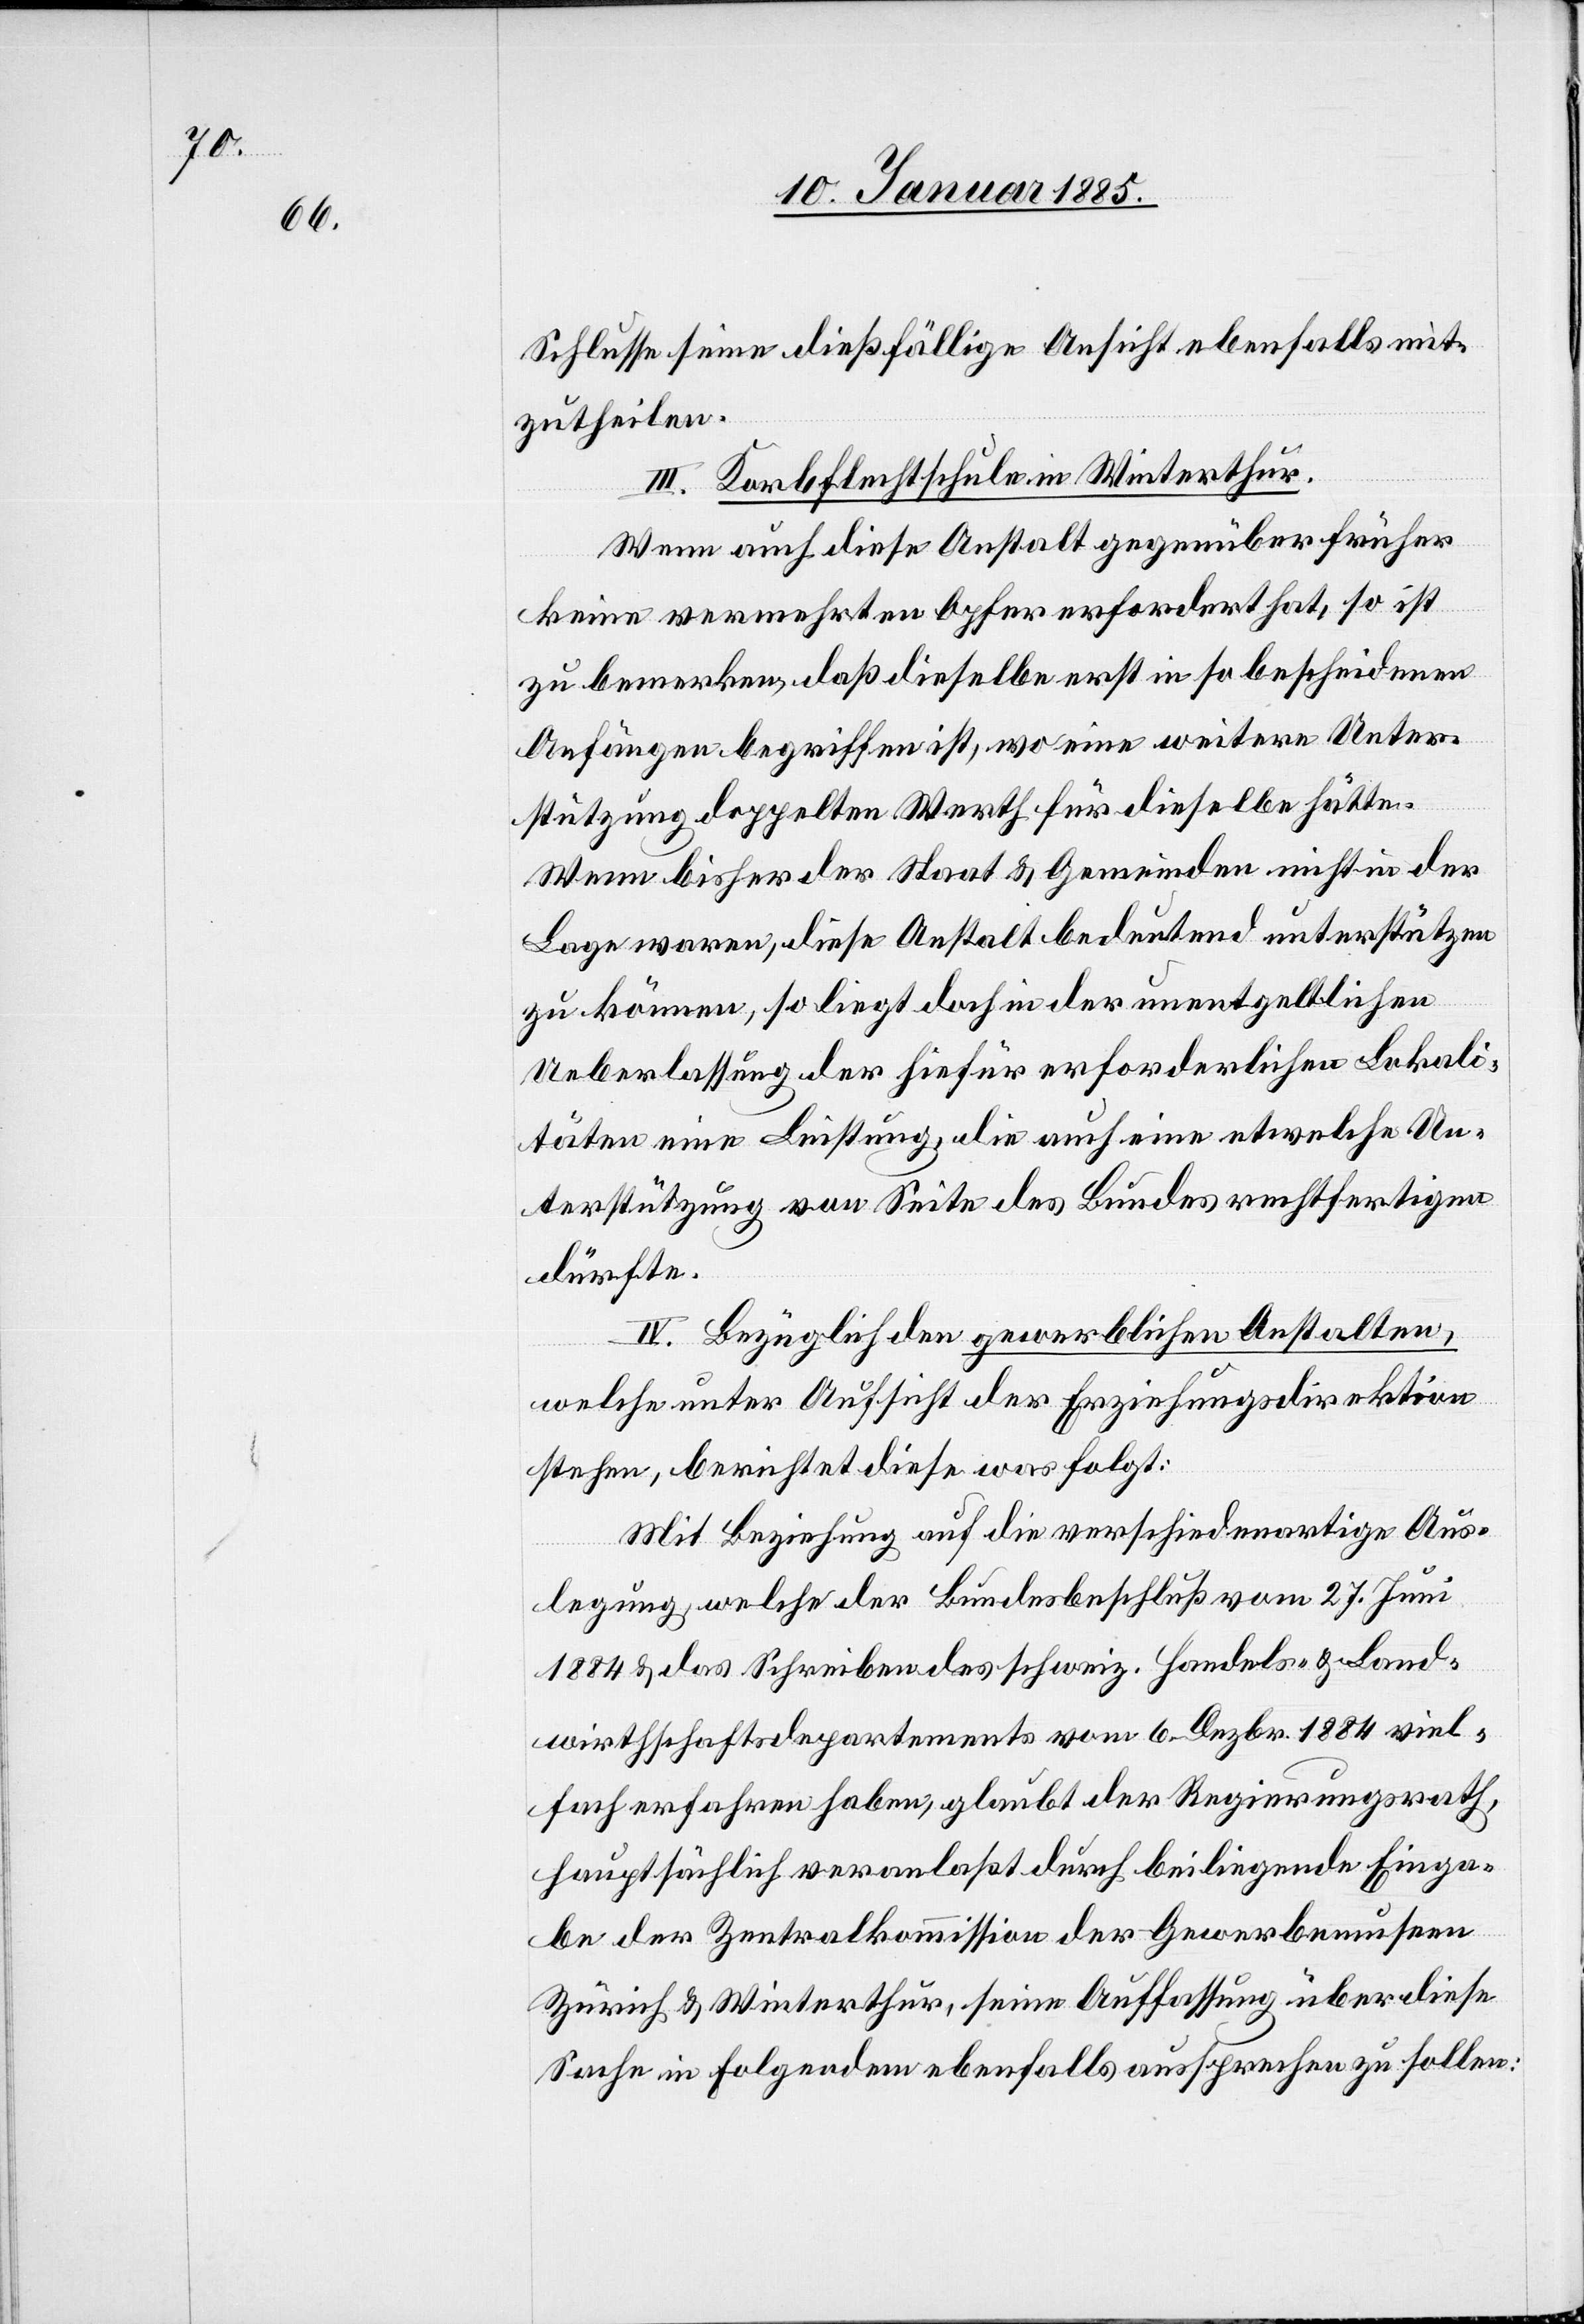
Schlusse seine dießfällige Ansicht ebenfalls mit¬
zutheilen.
III. Korbflechtschule in Winterthur.
Wenn auch diese Anstalt gegenüber früher
keine vermehrten Opfer erfordert hat, so ist
zu bemerkten, daß dieselbe erst in so bescheidenen
Anfängen begriffen ist, wo eine weitere Unter¬
stützung doppelten Werth für dieselbe hätte.
Wenn bisher der Staat & Gemeinden nicht in der
Lage waren, diese Anstalt bedeutend unterstützen
zu können, so liegt doch in der unentgeltlichen
Ueberlassung der hiefür erforderlichen Lokal¬
täten eine Leistung, die auch eine etwelche Un¬
terstützung von Seiten des Bundes rechtfertigen
dürfte.
IV. Bezüglich den gewerblichen Anstalten,
welche unter Aufsicht der Erziehungsdirektion
stehen, berichtet diese was folgt:
Mit Beziehung auf die verschiedenartige Aus¬
legung, welche der Bundesbeschluß vom 27. Juni
1884 & das Schreiben des schweiz. Handels- & Land¬
wirthschaftsdepartements vom 6. Dezbr. 1884 viel¬
fach erfahren haben, glaubt der Regierungsrath,
hauptsächlich veranlaßt durch beiliegende Einga¬
be der Zentralkommission der Gewerbemuseen
Zürich & Winterthur, seine Auffassung über diese
Sache in Folgendem ebenfalls aussprechen zu sollen: